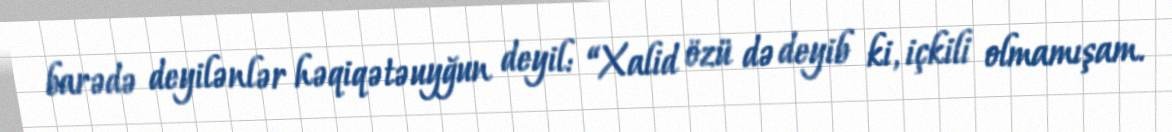
barədə deyilənlər həqiqətəuyğun deyil: “Xalid özü də deyib ki, içkili olmamışam.